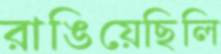
রাঙিয়েছিলি